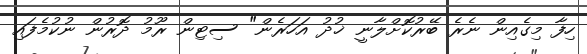
ހިފާ މިގެއިން ނެރެ ބޭރުކޮށްލާނީ ޚުދު އަހަރެން" ސިޓިން ރޫމު ދޮރުން ނުކުމެފައި